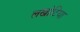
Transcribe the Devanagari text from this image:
लखोटिया